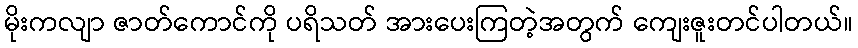
မိုးကလျာ ဇာတ်ကောင်ကို ပရိသတ် အားပေးကြတဲ့အတွက် ကျေးဇူးတင်ပါတယ်။